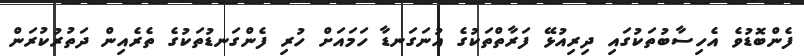
ފެންބޮޑުވެ އެހިސާބުތަކުގައި ދިރިއުޅޭ ފަރާާތްތަކުގެ އުނަގަނޑާ ހަމައަށް ހުރި ފެންގަނޑުތަކުގެ ތެރެއިން ދަތުރުކުރަން